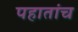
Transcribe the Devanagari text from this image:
पहातांच